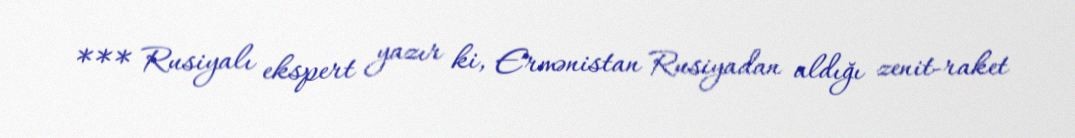
*** Rusiyalı ekspert yazır ki, Ermənistan Rusiyadan aldığı zenit-raket